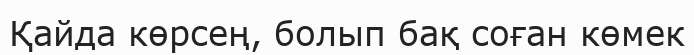
Қайда көрсең, болып бақ соған көмек